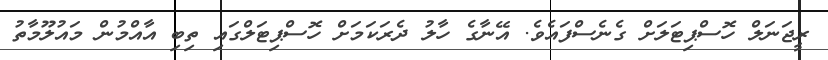
ރީޖަނަލް ހޮސްޕިޓަލަށް ގެނެސްފައެވެ. އޭނާގެ ހާލު ދެރަކަމަށް ހޮސްޕިޓަލްގައި ތިބި އާއްމުން މައުލޫމާތު